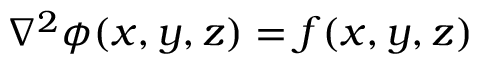
\nabla ^ { 2 } \phi ( x , y , z ) = f ( x , y , z )